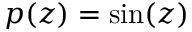
p ( z ) = \sin ( z )